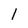
Character: l